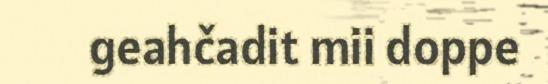
geahčadit mii doppe